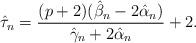
LaTeX: \begin{align*} \hat{\tau}_n=\frac{(p+2)(\hat{\beta}_n - 2\hat{\alpha}_n)}{\hat{\gamma}_n + 2\hat{\alpha}_n} +2.\end{align*}